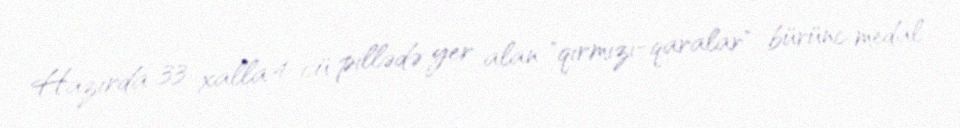
Hazırda 33 xalla 4-cü pillədə yer alan "qırmızı-qaralar" bürünc medal